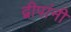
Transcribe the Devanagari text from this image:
द्वीपांनी